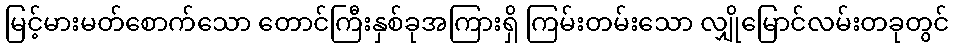
မြင့်မားမတ်စောက်သော တောင်ကြီးနှစ်ခုအကြားရှိ ကြမ်းတမ်းသော လျှိုမြောင်လမ်းတခုတွင်